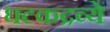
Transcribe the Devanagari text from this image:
घटकद्रव्ये